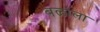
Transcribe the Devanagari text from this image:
बळाला